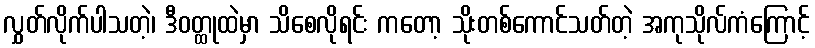
လွှတ်လိုက်ပါသတဲ့၊ ဒီဝတ္ထုထဲမှာ သိစေလိုရင်း ကတော့ သိုးတစ်ကောင်သတ်တဲ့ အကုသိုလ်ကံကြောင့်